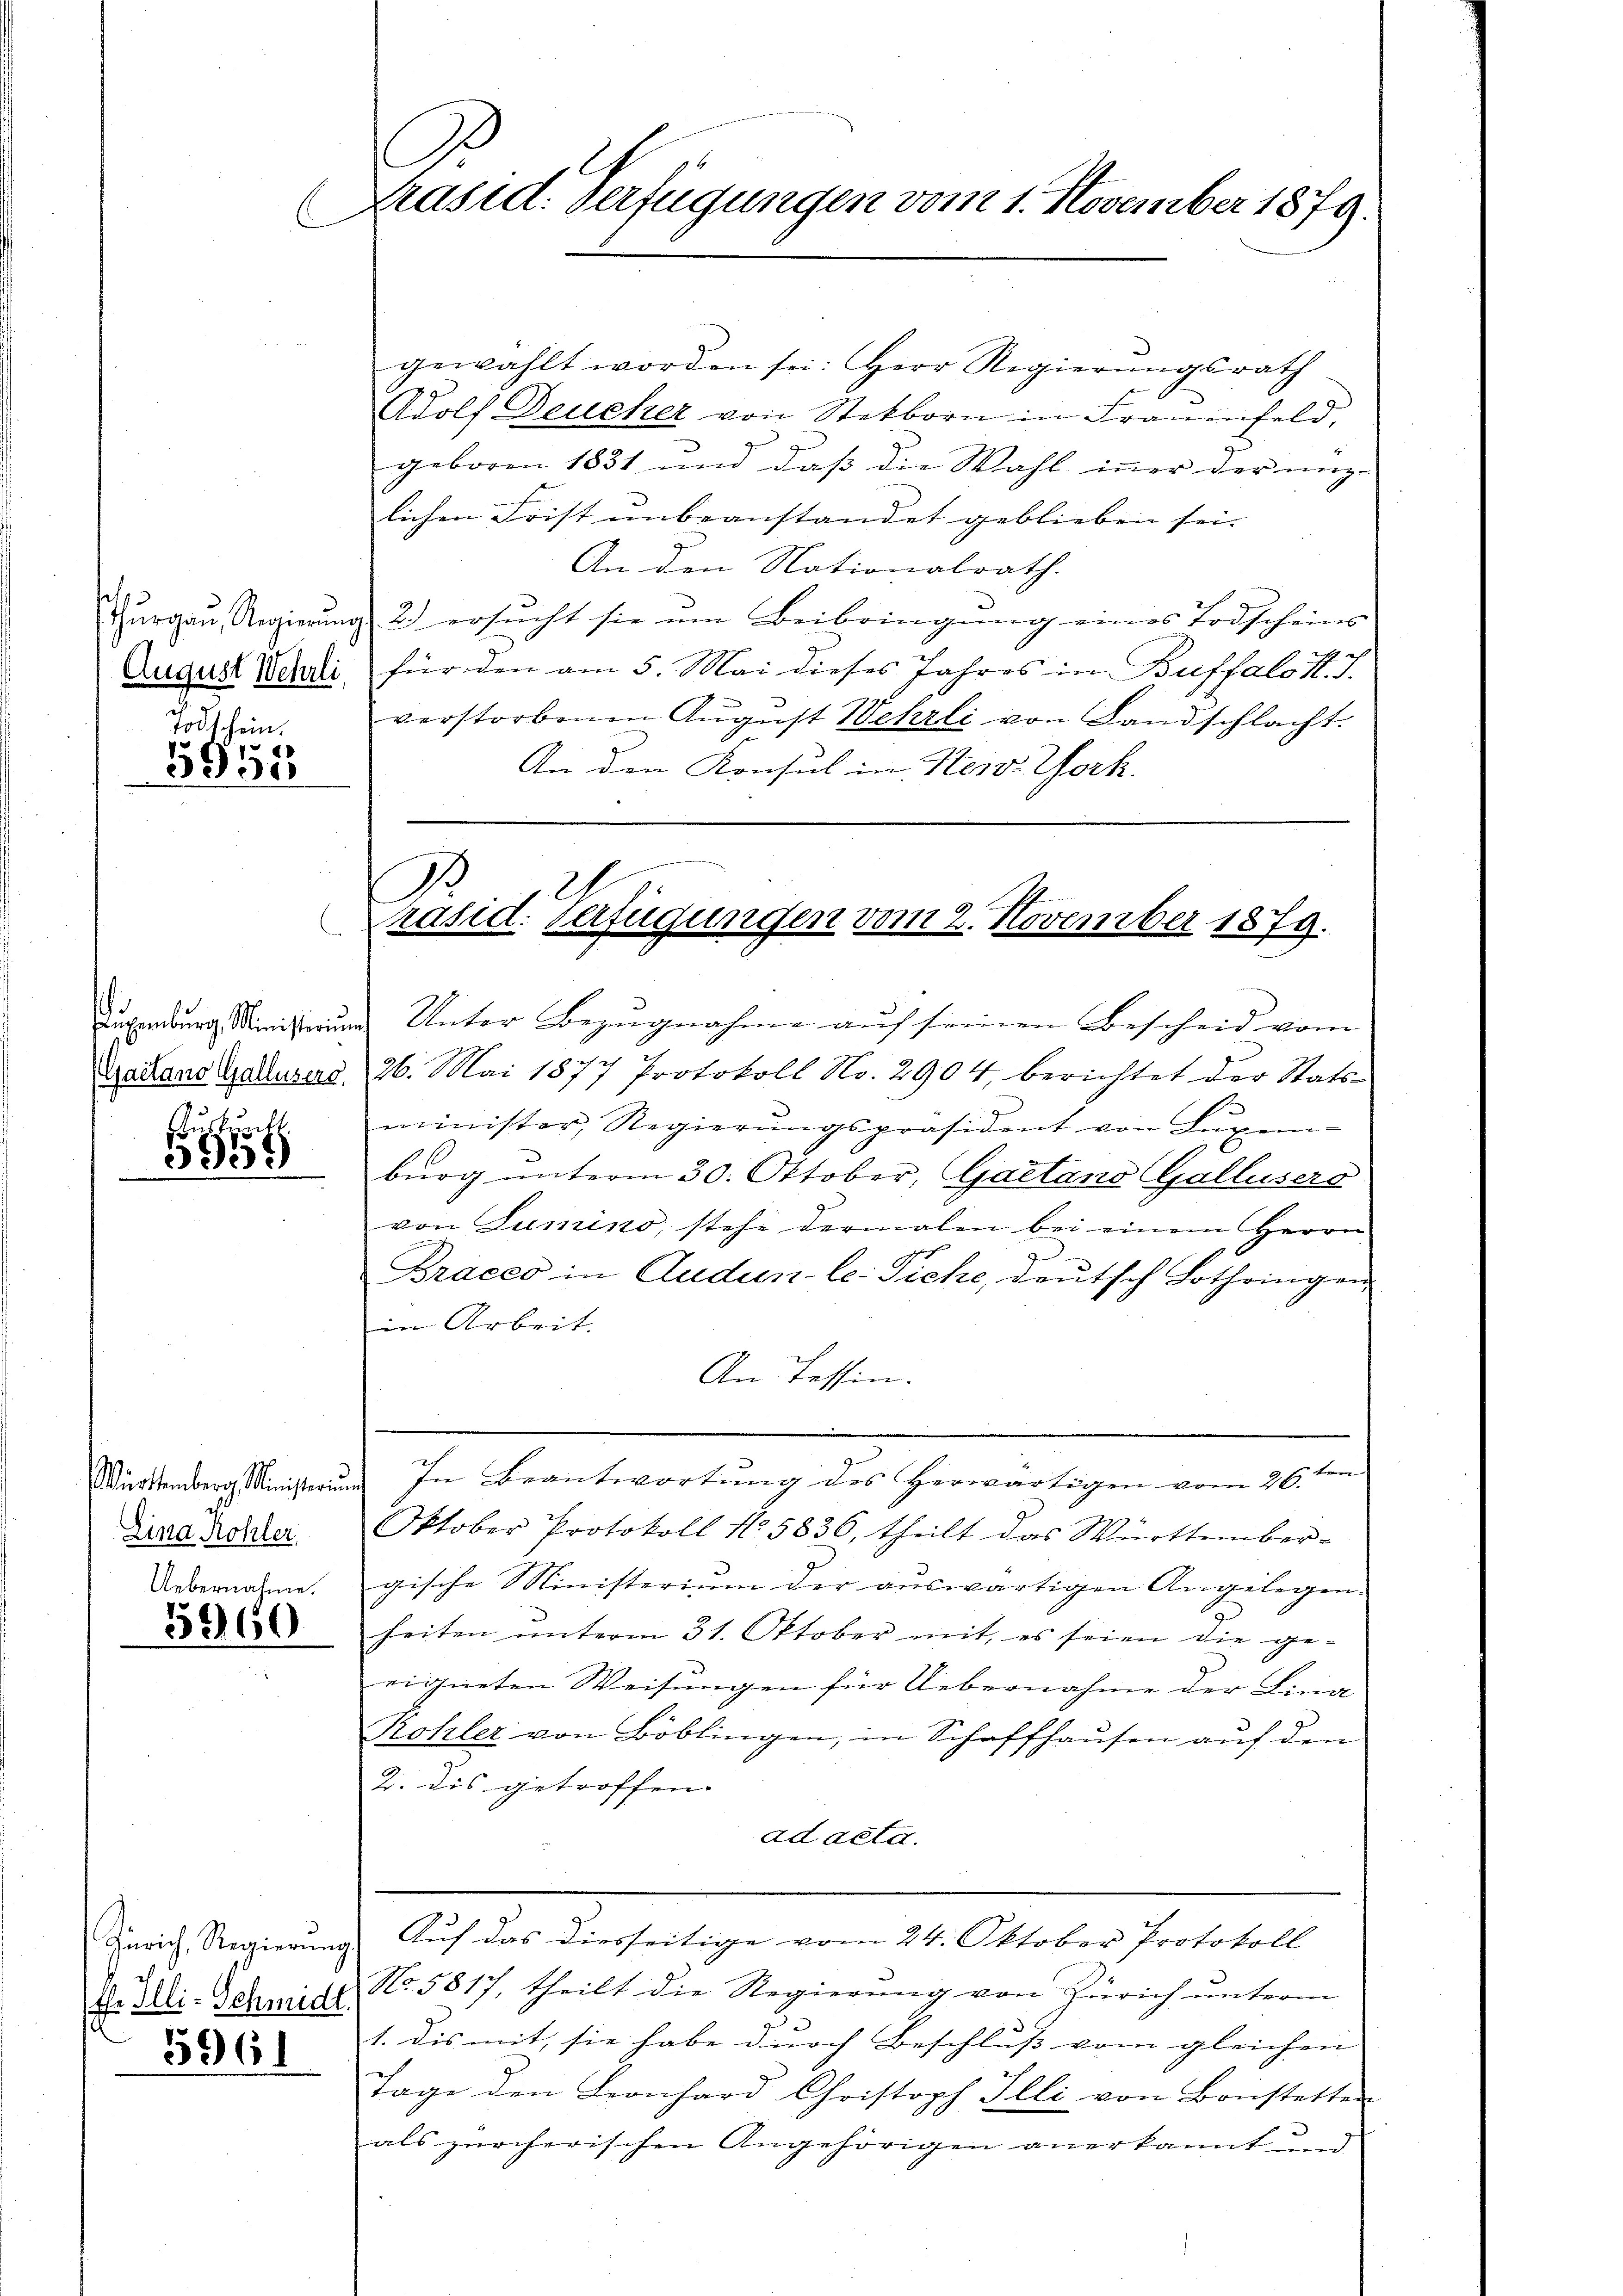
thurgau, Regierung
August Wehrli

Todschein.
5558

stutz
3239

Würtemberg Ministerun
Lina Kohler.
Uebernahme.

5960

Zürich, Regierung
Ehe Illi-Schmidt

3961

C
Präsid. Verfügungen vom 1. November 1879.
C

gewählt worden sei: Herr Regierungsrath
Adolf Deucher von Stekborn in Frauenfeld,
geboren 1831 und daß die Wahl inner der nütz-
lichen Frist unbeanstandet geblieben sei.
An den Nationalrath.
 2.) ersucht sie um Beibringung eines Todscheins
n
für den am 5. Mai dieses Jahres in Buffalo K. J.
verstorbenen Aŭgŭst Wehrli von Landschlacht.
An den Konsul in New York.

1.
Präsid. Verfügungen vom 2. November 1879.

uxenburg Ministirung Unter Bezugnahme auf seinen Bescheid vom
e
Bactano Galluses, 26. Mai 1877 Protokoll No. 2904, berichtet der Statsminister, Regierŭngspräsident von Lŭxem-
.
burg unterm 30. Oktober, Gaetano Gallusers
von Lumino, stehe dermalen bei einem Herrn
.
Braces in Audun- le Siche, deutsch Lothringen
in Arbeit.
An Tessin.
i. In Beantwortung des Herwärtigen vom 26. ten
Oktober Protokoll No 5836, theilt das Württembergische Ministerium der auswärtigen Angelegen.
heiten unterm 31. Oktober mit, es seien die ge-
eigneten Weisungen für Uebernahme der Lina
Rohler von Böblingen, in Schaffhaŭsen aŭf den
2. dis getroffen.
ad acta.
u. Auf das diesseitige vom 24. Oktober Protokoll
No. 5817, theilt die Regierung von Zürich unterm
1. dis mit, sie habe durch Beschluss vom gleichen |
Tage den Leonhard Christoph Illi von Bonstetten
als zürcherischen Angehörigen anerkannt und